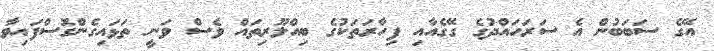
އޭގެ ސަބަބުން އެ ސަރަހައްދުގެ ގޭގެއާއި ފިހާރަތަކުގެ ބިއްލޫރިތައް ވެސް ވަނީ ތަޅައިގެންގޮސްފައިވާ